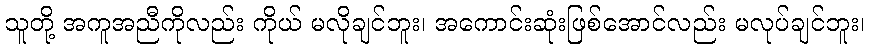
သူတို့ အကူအညီကိုလည်း ကိုယ် မလိုချင်ဘူး၊ အကောင်းဆုံးဖြစ်အောင်လည်း မလုပ်ချင်ဘူး၊